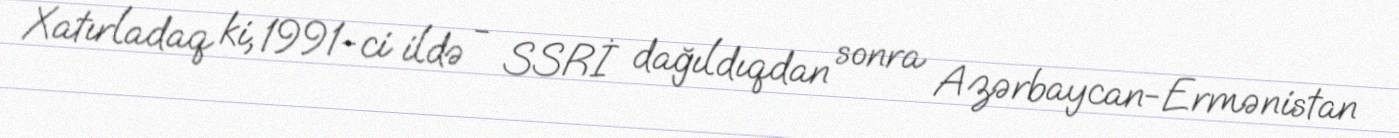
Xatırladaq ki, 1991-ci ildə - SSRİ dağıldıqdan sonra Azərbaycan-Ermənistan